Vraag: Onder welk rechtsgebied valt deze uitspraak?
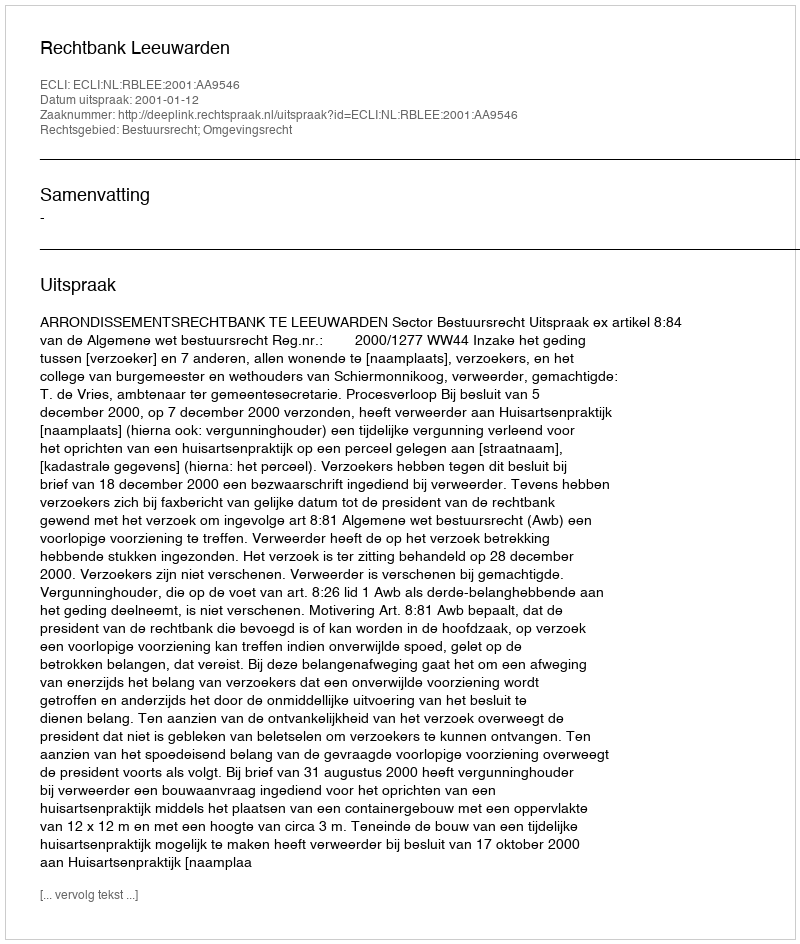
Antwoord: Bestuursrecht; Omgevingsrecht